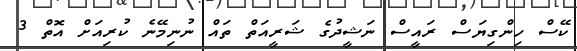
ކޭސް ހިންގިޔަސް ރައީސް ނަޝީދުގެ ޝަރީއަތް ތައް ނުނިމޭނެ ކުރިއަށް އޮތް 3